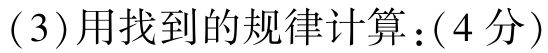
(3)用找到的规律计算：(4分)